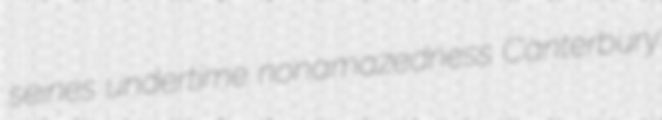
seines undertime nonamazedness Canterbury